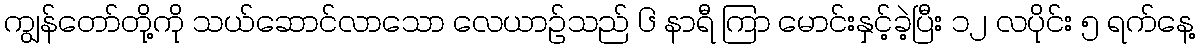
ကျွန်တော်တို့ကို သယ်ဆောင်လာသော လေယာဉ်သည် ၆ နာရီ ကြာ မောင်းနှင့်ခဲ့ပြီး ၁၂ လပိုင်း ၅ ရက်နေ့